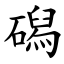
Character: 磶